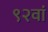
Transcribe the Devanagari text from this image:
९२वां